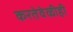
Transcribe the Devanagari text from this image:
करतेवेळीही